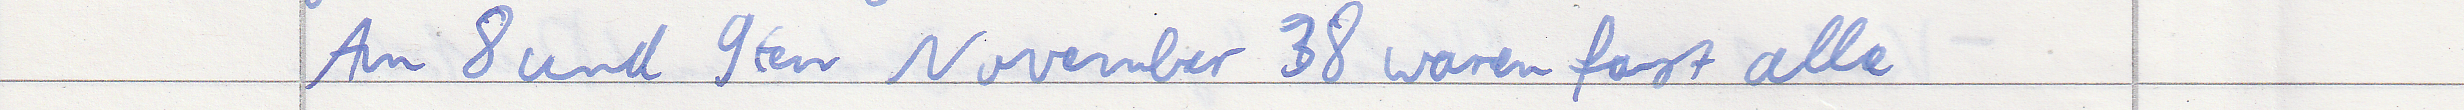
Am 8 und 9ten November 38 waren fast alle